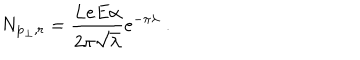
N _ { { \bf p } _ { \perp } , r } = \frac { L e E \alpha } { 2 \pi \sqrt { \lambda } } e ^ { - \pi \lambda } \; .